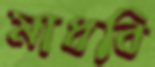
মাধবি